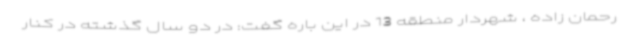
رحمان زاده ، شهردار منطقه 13 در این باره گفت: در دو سال گذشته در کنار